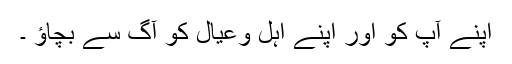
اپنے آپ کو اور اپنے اہل وعیال کو آگ سے بچاؤ ۔